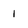
Character: 1